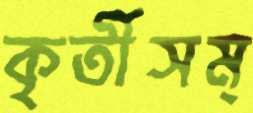
কৃর্তীসম্